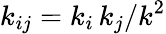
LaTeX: k_{ij}=k_{i}\, k_{j}/k^{2}